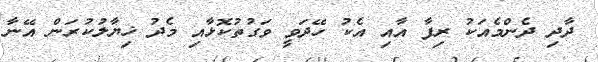
ދާދި ދެންމެއަކު ރިފާ އާއި އެކު ހޭދަވީ ވަގުތުކޮޅާއި މެދު ޚިޔާލުކުރަން އޭނާ